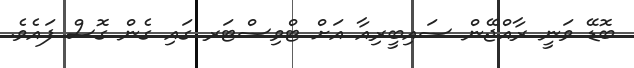
ބޮޑޭ ވަނީ ރާއްޖޭން ސައިބީރިއާ އަށް ޓްވިސްޓަރ ގައި ގެން ގޮސް ފައެވެ.